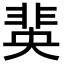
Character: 𮧆